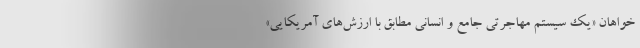
خواهان «یک سیستم مهاجرتی جامع و انسانی مطابق با ارزش‌های آمریکایی»